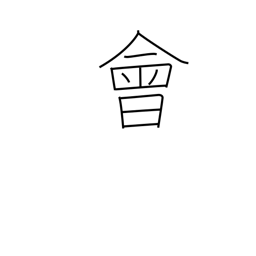
Meaning: interview